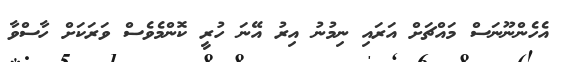
އެހެންނޫނަސް މައްޗަށް އަރައި ނިމުނު އިރު އޭނަ ހުރީ ކޮންމެވެސް ވަރަކަށް ހާސްވާ